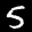
Label: 5